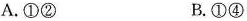
A.①② B.①④